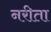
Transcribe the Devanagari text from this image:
नरीता